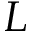
L